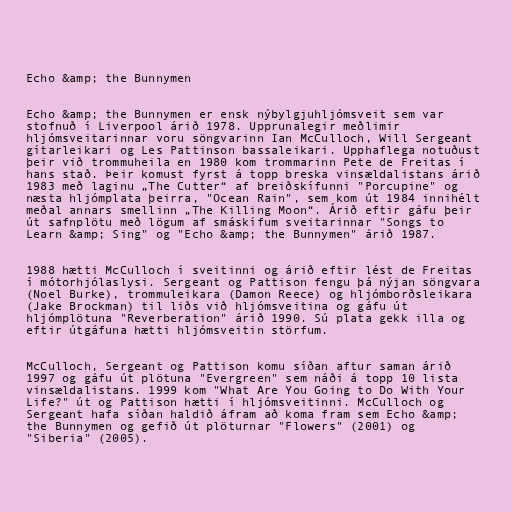
Echo &amp; the Bunnymen

Echo &amp; the Bunnymen er ensk nýbylgjuhljómsveit sem var
stofnuð í Liverpool árið 1978. Upprunalegir meðlimir
hljómsveitarinnar voru söngvarinn Ian McCulloch, Will Sergeant
gítarleikari og Les Pattinson bassaleikari. Upphaflega notuðust
þeir við trommuheila en 1980 kom trommarinn Pete de Freitas í
hans stað. Þeir komust fyrst á topp breska vinsældalistans árið
1983 með laginu „The Cutter“ af breiðskífunni "Porcupine" og
næsta hljómplata þeirra, "Ocean Rain", sem kom út 1984 innihélt
meðal annars smellinn „The Killing Moon“. Árið eftir gáfu þeir
út safnplötu með lögum af smáskífum sveitarinnar "Songs to
Learn &amp; Sing" og "Echo &amp; the Bunnymen" árið 1987.

1988 hætti McCulloch í sveitinni og árið eftir lést de Freitas
í mótorhjólaslysi. Sergeant og Pattison fengu þá nýjan söngvara
(Noel Burke), trommuleikara (Damon Reece) og hljómborðsleikara
(Jake Brockman) til liðs við hljómsveitina og gáfu út
hljómplötuna "Reverberation" árið 1990. Sú plata gekk illa og
eftir útgáfuna hætti hljómsveitin störfum.

McCulloch, Sergeant og Pattison komu síðan aftur saman árið
1997 og gáfu út plötuna "Evergreen" sem náði á topp 10 lista
vinsældalistans. 1999 kom "What Are You Going to Do With Your
Life?" út og Pattison hætti í hljómsveitinni. McCulloch og
Sergeant hafa síðan haldið áfram að koma fram sem Echo &amp;
the Bunnymen og gefið út plöturnar "Flowers" (2001) og
"Siberia" (2005).